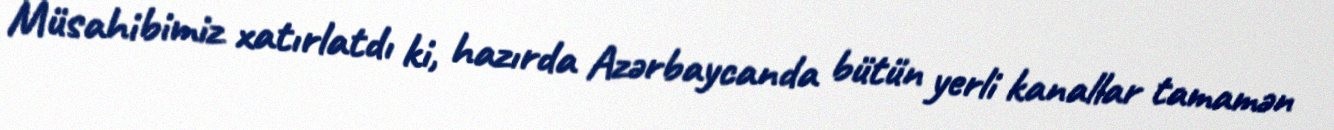
Müsahibimiz xatırlatdı ki, hazırda Azərbaycanda bütün yerli kanallar tamamən